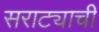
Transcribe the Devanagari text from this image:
सराट्याची